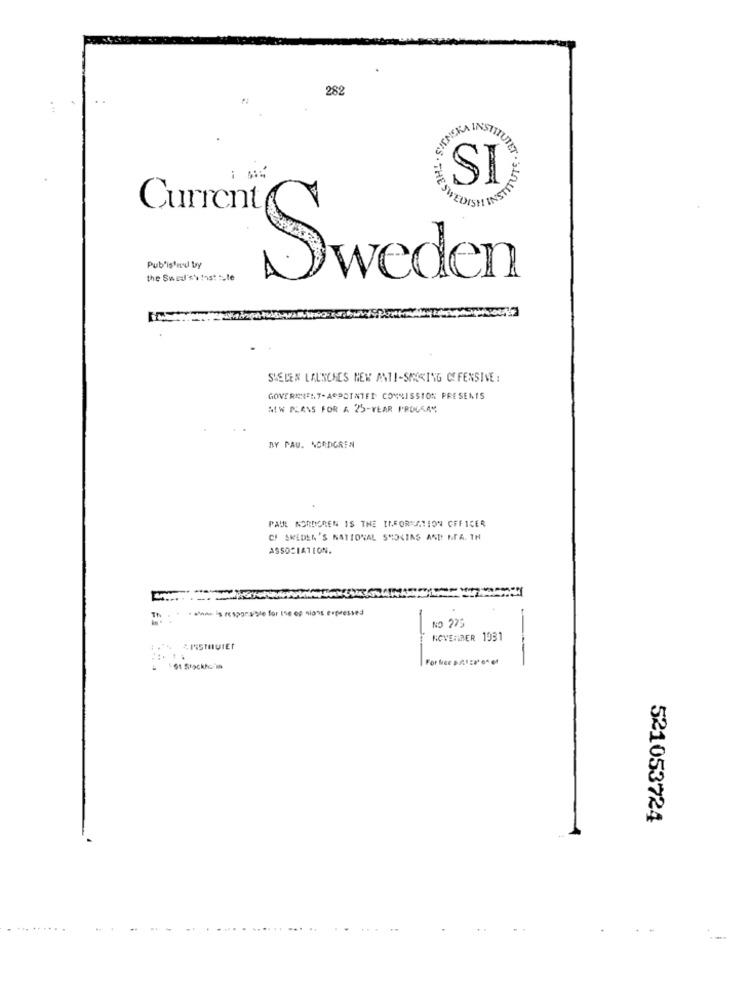
282
NEKA INSTITUT
SI
Current
Pub'istnul by
the Swed's' !ost :„le
weden
SHELEN LAUNCHES NEW ANTI-SMOKING OFFENSIVE :
GOVERNMENT-APPOINTED COMMISSION PRESENTS
MW PLANS FOR A 25-YEAR PROUSA"
DY PAU. NORDGREN
PAUL NORDGREN IS THE INFORMATION OFFICER
CI SWEDEN'S NATIONAL SHOKINS AND NA. 1H
ASSOCIATION.
NO 275
NOVEMBER 1931
91 Stockkein
521053724